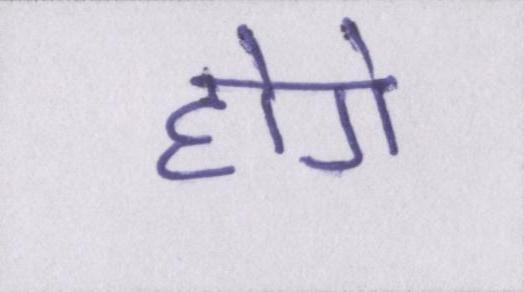
होगे